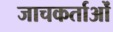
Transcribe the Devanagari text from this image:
जाचकर्ताओं